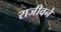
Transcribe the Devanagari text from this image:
राजीवने